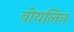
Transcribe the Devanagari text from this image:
वोयलिन